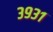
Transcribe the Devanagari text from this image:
३९३१